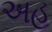
અહ